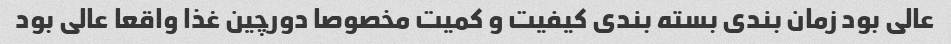
عالی بود زمان بندی بسته بندی کیفیت و کمیت مخصوصا دورچین غذا واقعا عالی بود